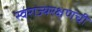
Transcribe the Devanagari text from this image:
स्वराज्यरक्षणची